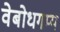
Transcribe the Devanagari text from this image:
वेबोधगम्य